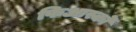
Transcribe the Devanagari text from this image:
फिआस्को